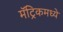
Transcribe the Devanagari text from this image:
मॅट्रिकमध्ये